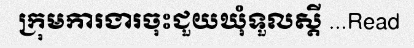
ក្រុមការងារចុះជួយឃុំទួលស្តី ...Read